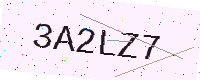
Text: 3A2LZ7